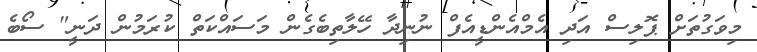
މިވަގުތަށް ޕޮލިސް އަދި އެމްއެންޑީއެފް ނުނިދާ ހޭލާތިބެގެން މަސައްކަތް ކުރަމުން ދަނީ" ސޯބެ